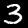
Digit: 3